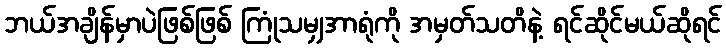
ဘယ်အချိန်မှာပဲဖြစ်ဖြစ် ကြုံသမျှအာရုံကို အမှတ်သတိနဲ့ ရင်ဆိုင်မယ်ဆိုရင်